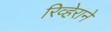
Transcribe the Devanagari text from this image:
रिव्हेराने